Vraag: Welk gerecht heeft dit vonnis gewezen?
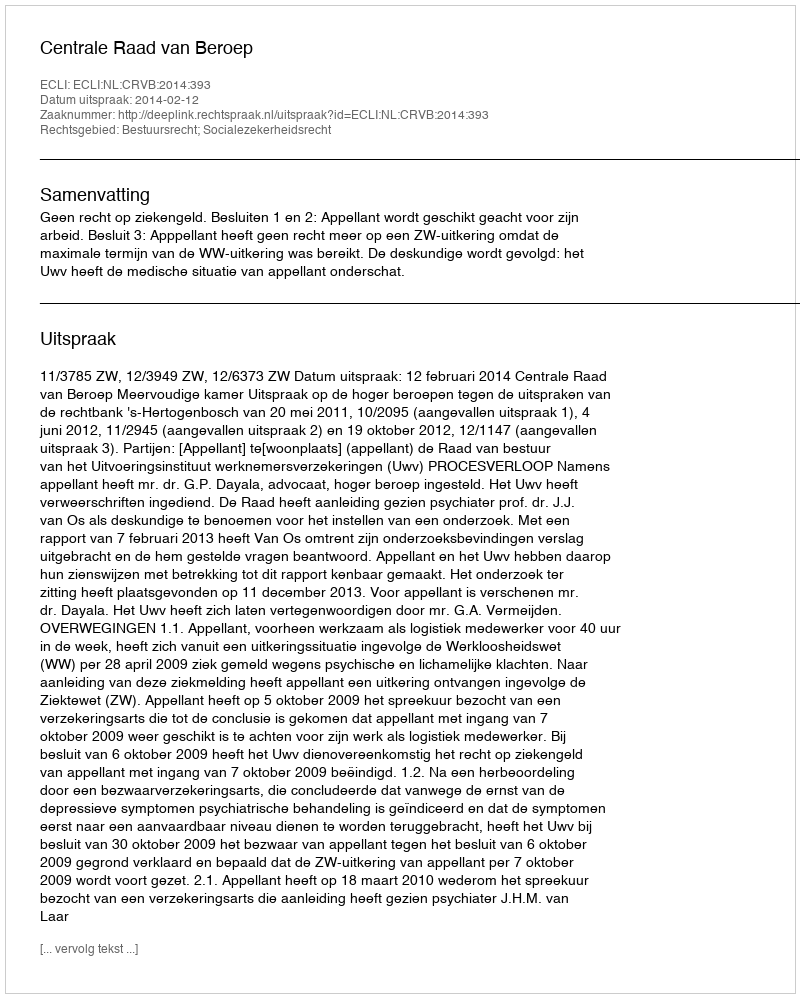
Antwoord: Centrale Raad van Beroep